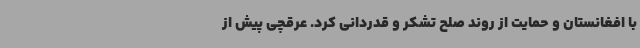
با افغانستان و حمایت از روند صلح تشکر و قدردانی کرد. عرقچی پیش از